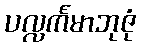
ပလ္လင်္ကမာဘုဇုံ